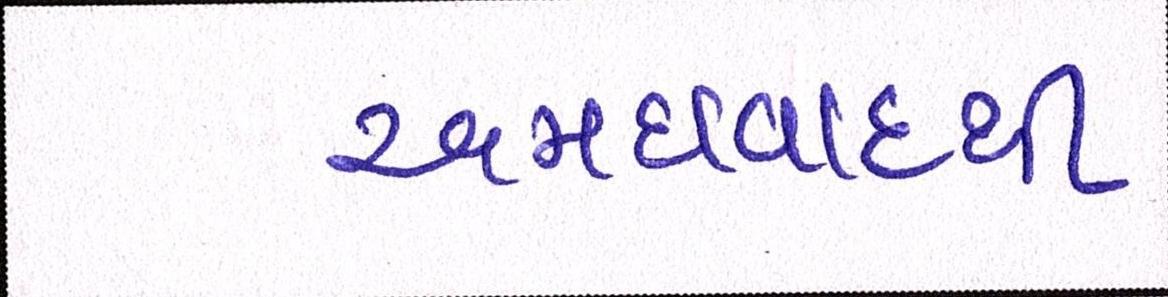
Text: અમદાવાદથી